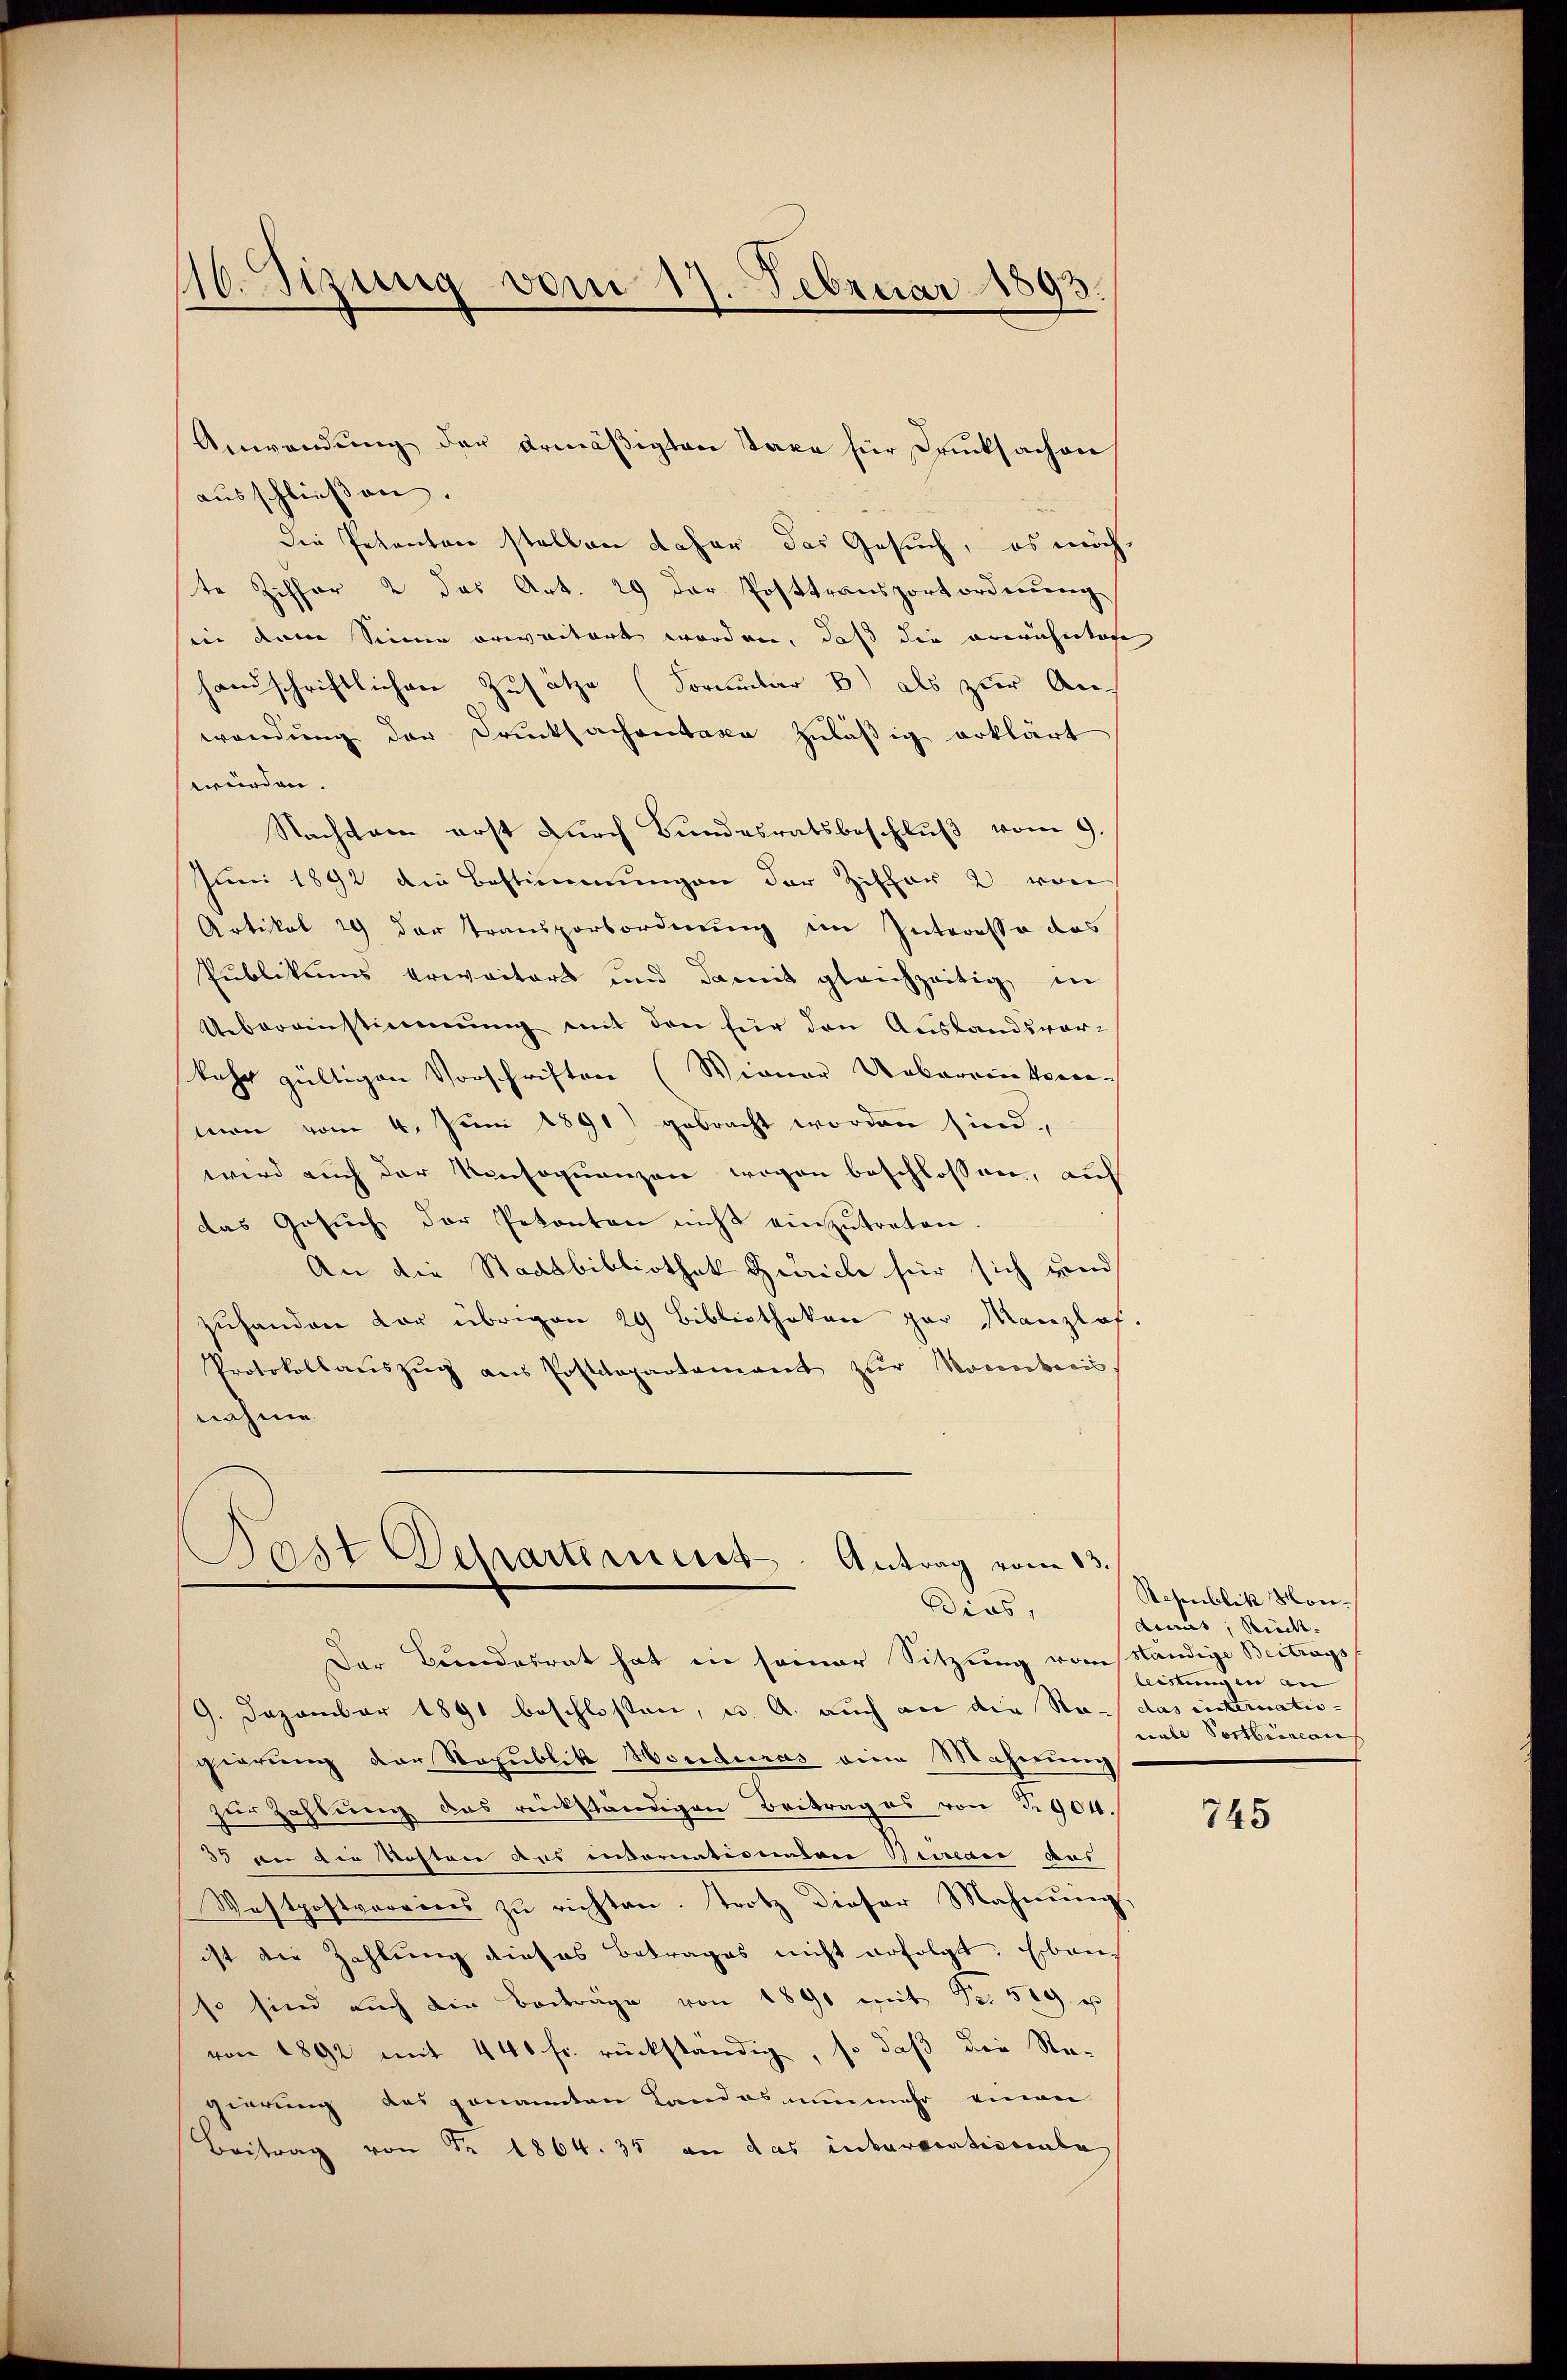
16. Sizung vom 17. Februar 1893

Anwendung der Armäßigten Taxe für Drucksachen
ausschließen.
Die Petenten stellen daher das Gesuch, es möchte Ziffer 2 das Art. 29 der Posttransportordnung
sii dem Sinne erweitert worden, daß die erwähntage
handschriftlichen Zusätze (Formular b) als zur An-
wendung der Drucksachentaxe zuläßig erklärt
würden.
Nachsam erst durch Bundesratsbeschluß vom 9.
Juni 1892 die Bestimmungen der Ziffer 2 von
Artikel 29 der Transporbordnung im Interessa das
Publikums erweitert und damit gleichzeitig in
Uebereinstimmung mit den für den Auslandsvor-
kehr gültigen Vorschriften (Wiener Ueberrenterman vom 4. Juni 1891) gebracht worden sind.
wird auch der Konsequenzen wegen beschlossen, auf
das Gesŭch der Petonten nicht einzŭtreten.
An die Stadtbibliothek Zürich für sich und
zuhanden vor übrigen 29 Bibliotheken par Manzlof.
Protokollauszug aus Postdepartament zŭr Nomdtens
nähme.
Post Departement. Antrag vom 13
Dias,
Der Bundesrat hat in seiner Sitzung vom Ständige Beitrags
9. Dezember 1891 beschloßen, u. A. auch an die Regierung der Republik Honduras eine Mahnung
zŭr Zahlung das rückständigen Beitrag es von § 904.
33 an die Kosten aus invormationalen Biani aus
Westpostvereins zŭ richten. Trotz dieser Mahnŭng
ist die Zahlung dieses Betrages nicht erfolgt. Eben
so sind auch die Beiträge von 1891 mit Fr. 509.
von 1892 mit 440 fr. rückständig, so daß die Re-
gierung des genannten Landes nunmehr einen
Beitrag von Nr. 1864. 35 an das interventiscala

Republik Mon- |
dians, Rück-
leistung in an- |
das einternatio- |
cale Postbrincon

745